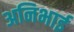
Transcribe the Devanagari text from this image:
अनिभाई